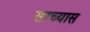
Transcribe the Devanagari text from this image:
साच्यास